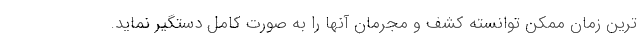
ترین زمان ممکن توانسته کشف و مجرمان آنها را به صورت کامل دستگیر نماید.